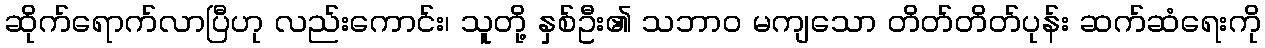
ဆိုက်ရောက်လာပြီဟု လည်းကောင်း၊ သူတို့ နှစ်ဦး၏ သဘာဝ မကျသော တိတ်တိတ်ပုန်း ဆက်ဆံရေးကို